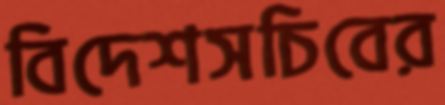
বিদেশসচিবের